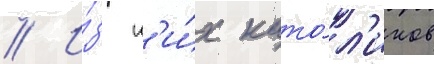
// И́з н'и́х като́л'иков